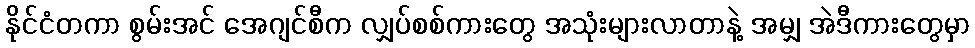
နိုင်ငံတကာ စွမ်းအင် အေဂျင်စီက လျှပ်စစ်ကားတွေ အသုံးများလာတာနဲ့ အမျှ အဲဒီကားတွေမှာ